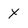
Character: Y